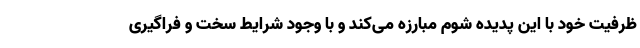
ظرفیت خود با این پدیده شوم مبارزه می‌کند و با وجود شرایط سخت و فراگیری